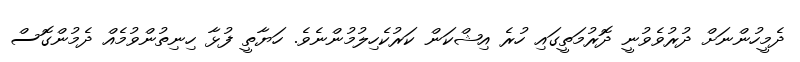
ދެމީހުންނަށް ދުރުވެވުނީ ދޮރުމަތީގައި ހުރެ އިޝްކަން ކަރުކެހިލުމުންނެވެ. ހަޔާތީ ފުޅާ ހިނިތުންވުމެއް ދެމުންގޮސް